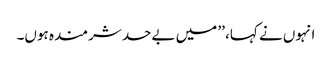
انہوں نے کہا، ’’ میں بےحد شرمندہ ہوں۔